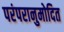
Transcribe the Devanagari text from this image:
परंपरानुमोदित